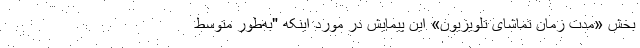
بخش «مدت زمان تماشای تلویزیون» این پیمایش در مورد اینکه "به‌طور متوسط